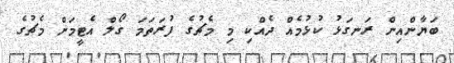
ބަޔާންއިން ރަނގަޅު ކުޅުމެއް ދެއްކި މި މެޗުގެ ފުރަތަމަ ގޯލް އެޓީމަށް މެޗުގެ